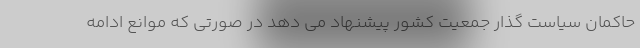
حاکمان سیاست گذار جمعیت کشور پیشنهاد می دهد در صورتی که موانع ادامه